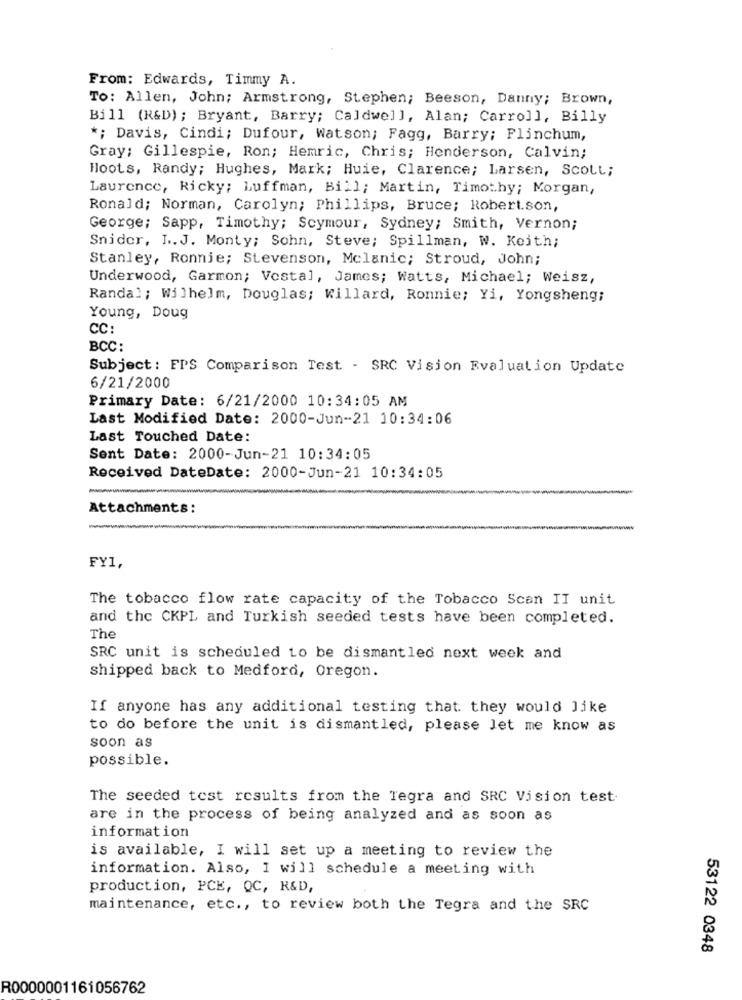
From: Edwards, Timmy A.
To: Allen, John; Armstrong, Stephen; Beeson, Danny; Brown,
Bill (R&D); Bryant, Barry; Caldwell, Alan; Carroll, Billy
*; Davis, Cindi; Dufour, Watson; Fagg, Barry; Flinchum,
Gray; Gillespie, Ron; Hemric, Chris; Henderson, Calvin;
Hoots, Randy; Hughes, Mark; Huie, Clarence; Larsen, Scott;
Laurence, Ricky; Luffman, Bill; Martin, Timothy; Morgan,
Ronald; Norman, Carolyn; Phillips, Bruce; Robert.son,
George; Sapp, Timothy; Scymour, Sydney; Smith, vernon;
Snider, I.J. Monty; Sohn, Steve; Spillman, W. Keith;
Stanley, Ronnie; Stevenson, Mclanic; Stroud, John;
Underwood, Garmon; Vostal, James; Watts, Michael; Weisz,
Randal; Wilhelm, Douglas; Willard, Ronnie; Yi, Yongsheng;
Young, Doug
CC:
BCC:
Subject: FPS Comparison Test - SRC Vision Evaluation Update
6/21/2000
Primary Date: 6/21/2000 10:34:05 AM
Last Modified Date: 2000-Jun-21 10:34:06
Last Touched Date:
Sent Date: 2000-Jun-21 10:34:05
Received DateDate: 2000-Jun-21 10:34:05
Attachments:
FY1,
The tobacco flow rate capacity of the Tobacco Scan II unit
and the CKPL and Turkish seeded tests have been completed.
The
SRC unit is scheduled to be dismantled next week and
shipped back to Medford, Oregon.
If anyone has any additional testing that they would like
to do before the unit is dismantled, please let me know as
soon as
possible.
The seeded test results from the Tegra and SRC Vision test
are in the process of being analyzed and as soon as
information
is available, I will set up a meeting to review the
information. Also, I will schedule a meeting with
production, PCE, QC, R&D,
maintenance, etc ., to review both the Tegra and the SRC
53122 0348
R0000001161056762